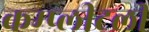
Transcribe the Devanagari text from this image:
कम्प्लीटली